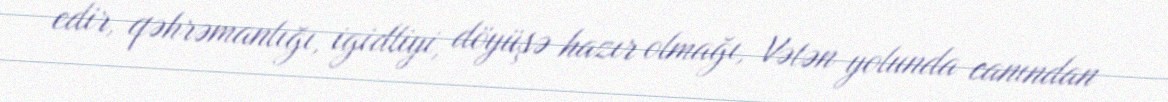
edir, qəhrəmanlığı, igidliyi, döyüşə hazır olmağı, Vətən yolunda canından